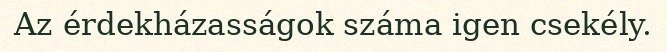
Az érdekházasságok száma igen csekély.